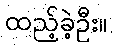
ထည့်ခဲ့ဦး။